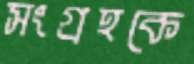
সংগ্রহকে